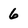
Character: 6